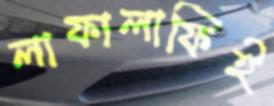
লাফালাফিই